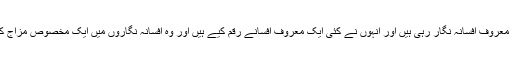
واجدہ تبسم اپنے زمانے کی بہت معروف افسانہ نگار رہی ہیں اور انہوں نے کئی ایک معروف افسانے رقم کیے ہیں اور وہ افسانہ نگاروں میں ایک مخصوص مزاج کے حوالے سے پہچانی جاتی ہیں۔